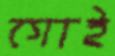
গোই